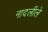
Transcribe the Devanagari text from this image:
नादलीले